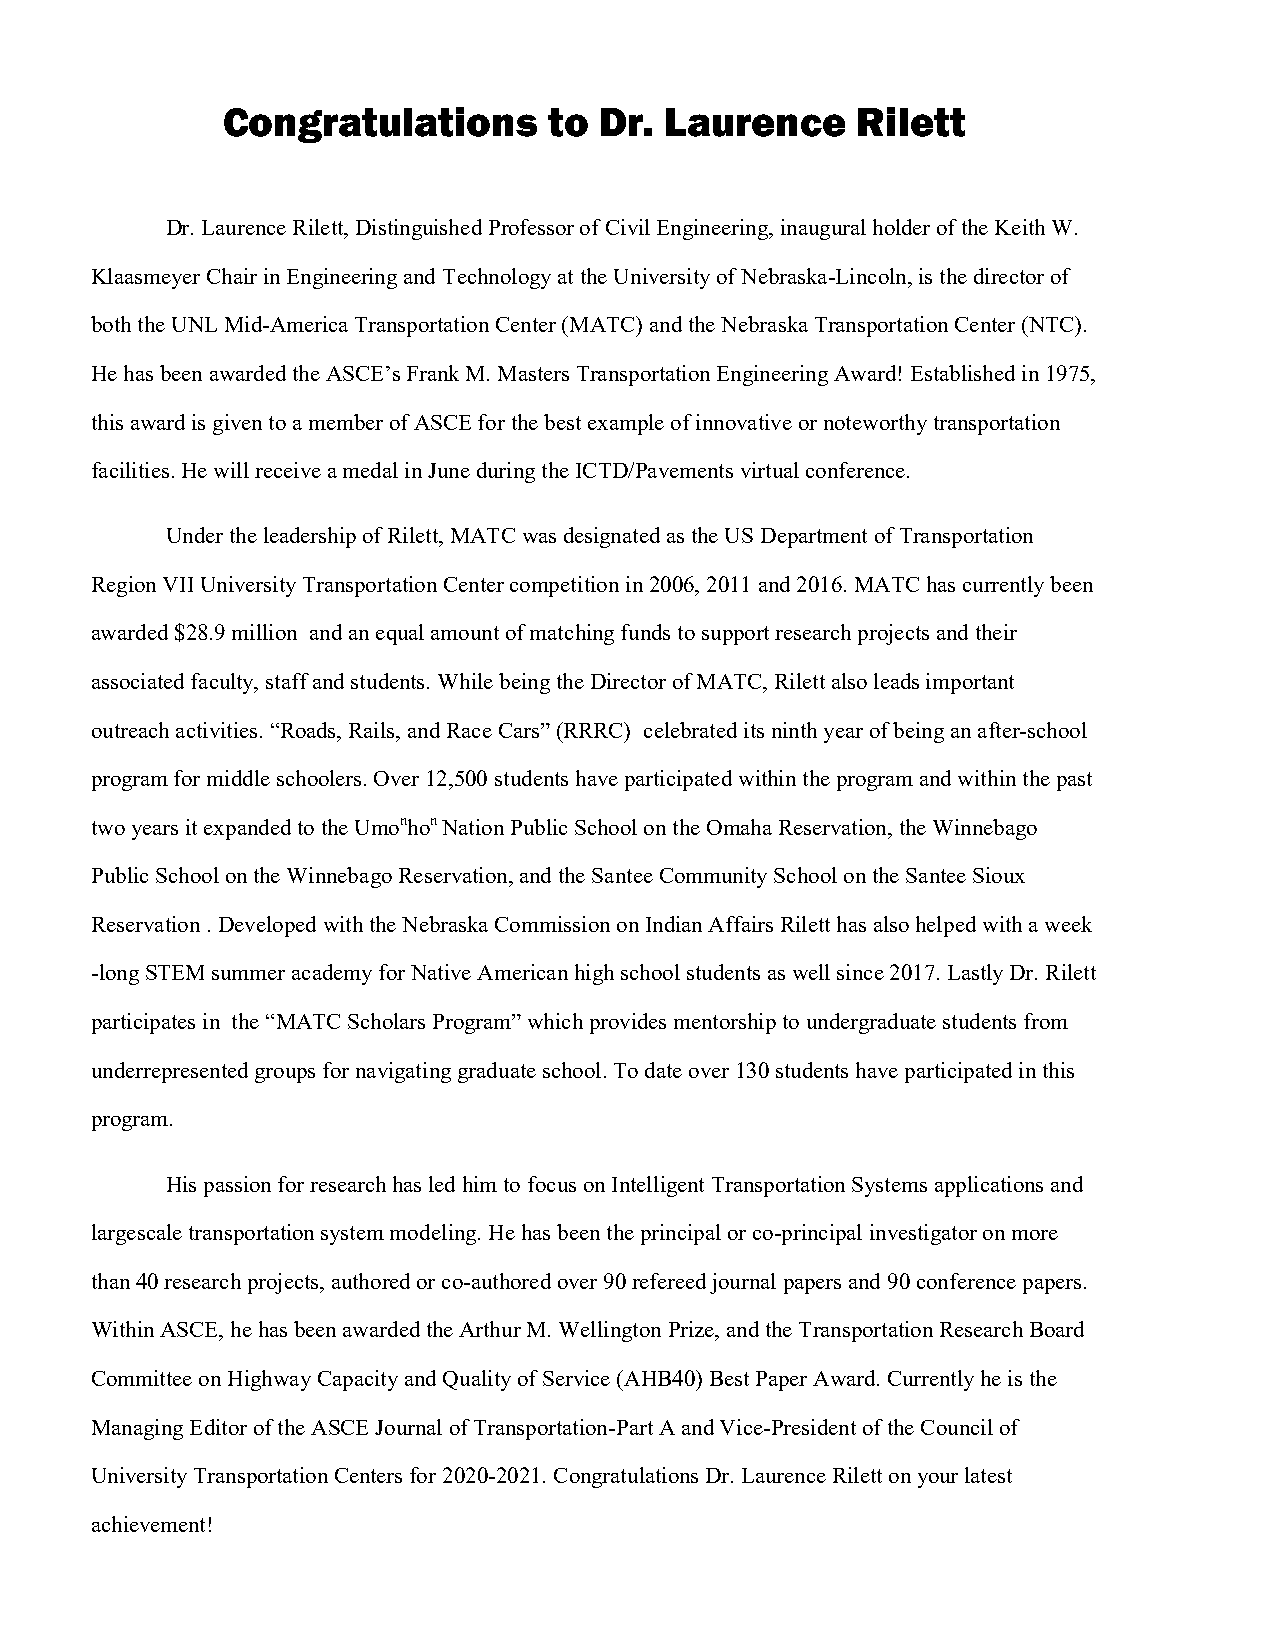
Congratulations      to  Dr. Laurence     Rilett
 Dr. Laurence Rilett, Distinguished Professor of Civil Engineering, inaugural holder of the Keith W.
 Klaasmeyer Chair in Engineering and Technology at the University of Nebraska-Lincoln, is the director of
 both the UNL Mid-America Transportation Center (MATC) and the Nebraska Transportation Center (NTC).
 He has been awarded the ASCE’s Frank M. Masters Transportation Engineering Award! Established in 1975,
 this award is given to a member of ASCE for the best example of innovative or noteworthy transportation
 facilities. He will receive a medal in June during the ICTD/Pavements virtual conference.
 Under the leadership of Rilett, MATC was designated as the US Department of Transportation
 Region VII University Transportation Center competition in 2006, 2011 and 2016. MATC has currently been
 awarded $28.9 million and an equal amount of matching funds to support research projects and their
 associated faculty, staff and students. While being the Director of MATC, Rilett also leads important
 outreach activities. “Roads, Rails, and Race Cars” (RRRC) celebrated its ninth year of being an after-school
 program for middle schoolers. Over 12,500 students have participated within the program and within the past
 two years it expanded to the Umonhon Nation Public School o n the Omaha Reservation, the Winnebago
 Public School on the Winnebago Reservation, and the Santee Community School on the Santee Sioux
 Reservation . Developed with the Nebraska Commission on Indian Affairs Rilett has also helped with a week
 -long STEM summer academy for Native American high school students as well since 2017. Lastly Dr. Rilett
 participates in the “MATC Scholars Program” which provides mentorship to undergraduate students from
 underrepresented groups for navigating graduate school. To date over 130 students have participated in this
 program.
 His passion for research has led him to focus on Intelligent Transportation Systems applications and
 largescale transportation system modeling. He has been the principal or co-principal investigator on more
 than 40 research projects, authored or co-authored over 90 refereed journal papers and 90 conference papers.
 Within ASCE, he has been awarded the Arthur M. Wellington Prize, and the Transportation Research Board
 Committee on Highway Capacity and Quality of Service (AHB40) Best Paper Award. Currently he is the
 Managing Editor of the ASCE Journal of Transportation-Part A and Vice-President of the Council of
 University Transportation Centers for 2020-2021. Congratulations Dr. Laurence Rilett on your latest
 achievement!